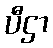
ပီဌာ